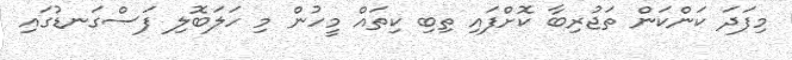
މިފަދަ ކަންކަން ތަޖުރިބާ ކޮށްފައި ތިބި ކިތައް މީހުން މި ހަލަބޮލި ފަސްގަނޑުގައި